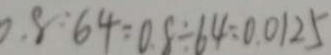
0 . 8 : 6 4 = 0 . 8 \div 6 4 = 0 . 0 1 2 5